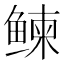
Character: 𬶠